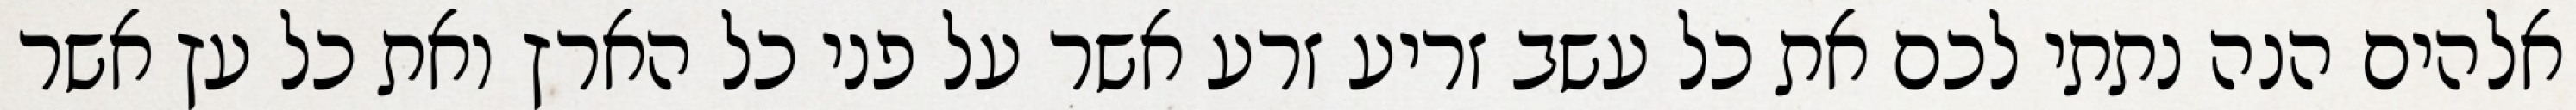
אלהים הנה נתתי לכם את כל עשב זריע זרע אשר על פני כל הארץ ואת כל עץ אשר